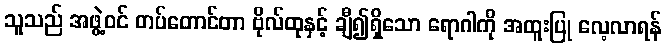
သူသည် အဖွဲ့ဝင် တပ်တောင်တာ ဗိုလ်ထုနှင့် ချီ၍ရှိသော ရောဂါကို အထူးပြု လေ့လာရန်